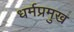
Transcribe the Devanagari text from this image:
धर्मप्रमुख